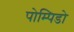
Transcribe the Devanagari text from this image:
पोम्पिडो